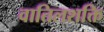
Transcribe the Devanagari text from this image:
वातिलशक्ति